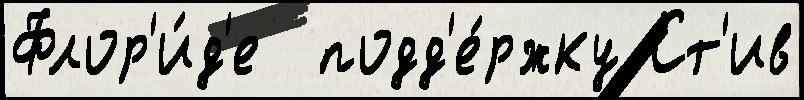
Флор'и́д'е  подд'е́ржку Ст'ив